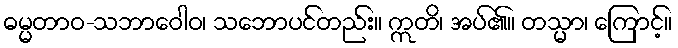
ဓမ္မတာဝ-သဘာဝေါဝ၊ သဘောပင်တည်း။ ဣတိ၊ အပ်၏။ တသ္မာ၊ ကြောင့်။